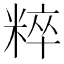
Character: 粹